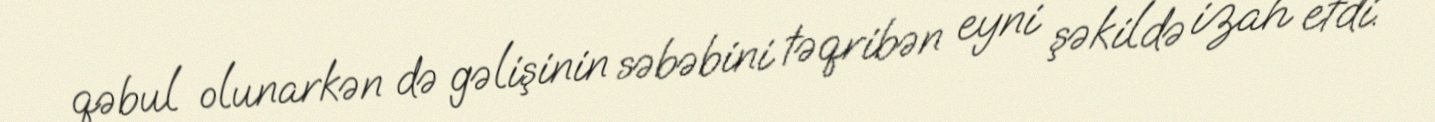
qəbul olunarkən də gəlişinin səbəbini təqribən eyni şəkildə izah etdi.